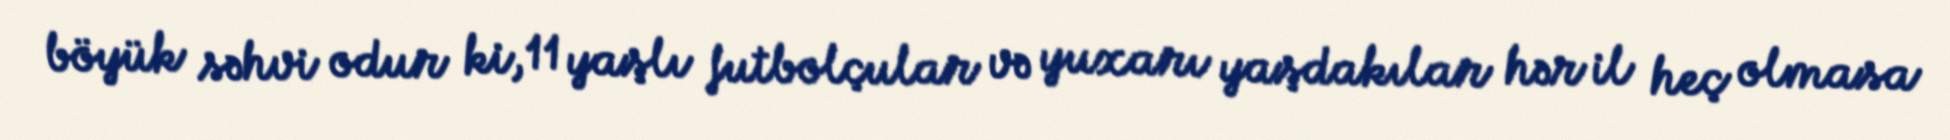
böyük səhvi odur ki, 11 yaşlı futbolçular və yuxarı yaşdakılar hər il heç olmasa